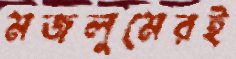
মজলুমেরই